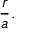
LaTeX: { \frac { r } { a } } .